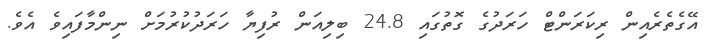
އޭގެތެރެއިން ރިކަރަންޓް ހަރަދުގެ ގޮތުގައި 24.8 ބިލިއަން ރުފިޔާ ހަރަދުކުރުމަށް ނިންމާފައިވެ އެވެ.